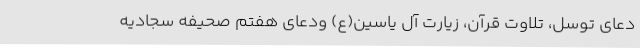
دعای توسل، تلاوت قرآن، زیارت آل یاسین(ع) ودعای هفتم صحیفه سجادیه